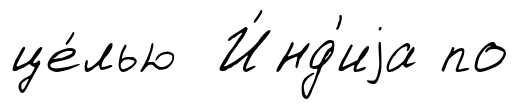
це́лью И́нд'иjа по